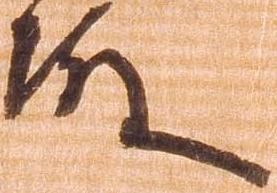
殿